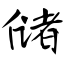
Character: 储